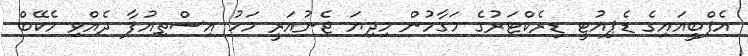
އެފްބީއައިގެ ޑެޕިއުޓީ ޑިރެކްޓަރުގެ މަގާމުން މިދިޔަ ޖެނުއަރީ މަހު އިސްތިއުފާ ދެއްވި މެކޭބް